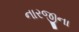
નારજીના